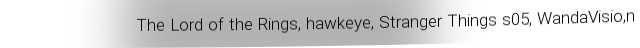
The Lord of the Rings, hawkeye, Stranger Things s05, WandaVisio,n